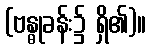
(ဗန္ဓုခန်း၌ ရှိ၏)။